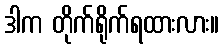
ဒါက တိုက်ရိုက်ရထားလား။